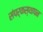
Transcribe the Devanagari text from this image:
संपर्कस्थापन